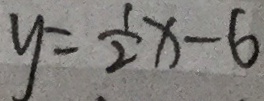
y = \frac { 1 } { 2 } x - 6